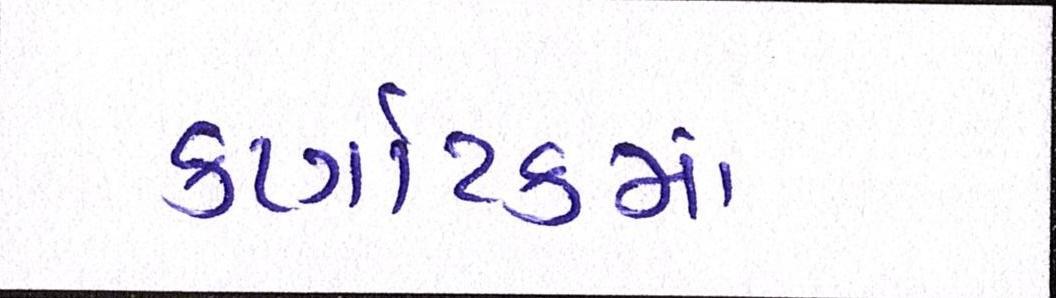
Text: કર્ણાટકમાં